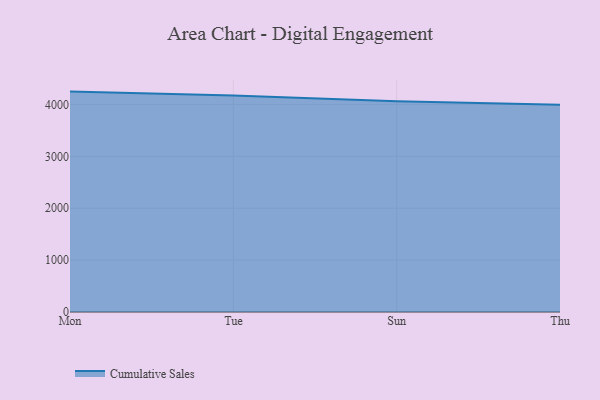
{"axis": {"x": "Day", "y": "Latency (ms)"}, "legend": ["Cumulative Sales"], "data": [{"x": "Mon", "y": 4248.6, "type": "Cumulative Sales"}, {"x": "Tue", "y": 4175.0, "type": "Cumulative Sales"}, {"x": "Sun", "y": 4060.5, "type": "Cumulative Sales"}, {"x": "Thu", "y": 3994.5, "type": "Cumulative Sales"}]}